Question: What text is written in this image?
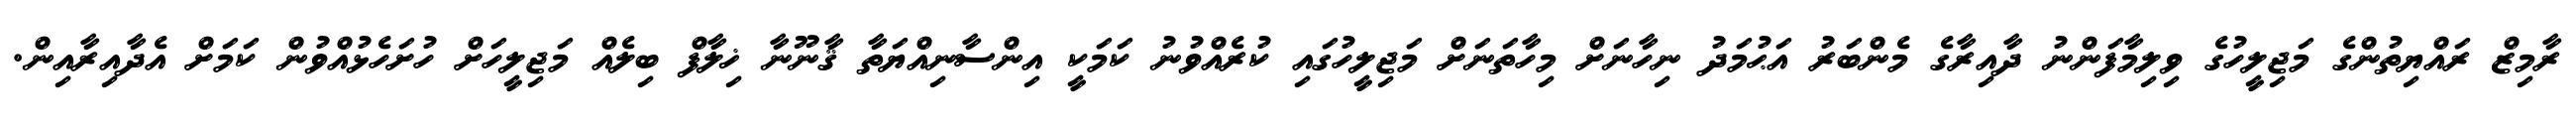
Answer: ރާމިޒް ރައްޔިތުންގެ މަޖިލީހުގެ ވިލިމާފަންނު ދާއިރާގެ މެންބަރު އަޙުމަދު ނިހާނަށް މިހާތަނަށް މަޖިލީހުގައި ކުރެއްވުނު ކަމަކީ އިންސާނިއްޔަތާ ޤާނޫނާ ޚިލާފް ބިލެއް މަޖިލީހަށް ހުށަހެޅުއްވުން ކަމަށް އެދާއިރާއިން.